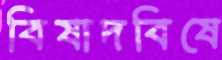
বিষাদবিষে